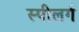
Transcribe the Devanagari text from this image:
स्पीलर्ग